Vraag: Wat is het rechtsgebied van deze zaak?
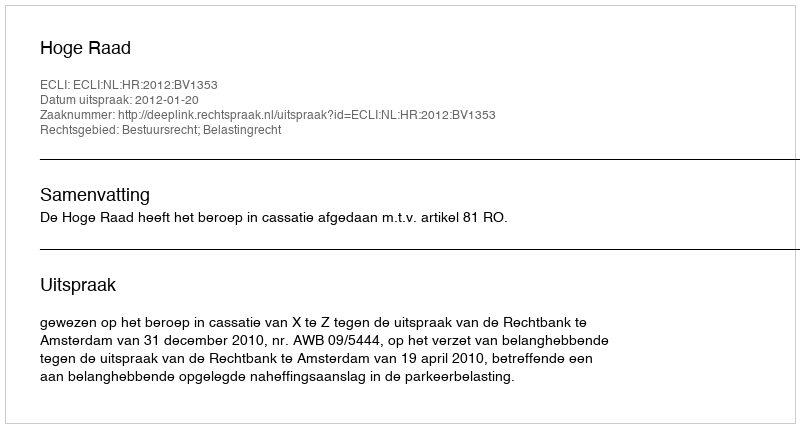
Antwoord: Bestuursrecht; Belastingrecht